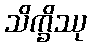
သိက္ခိဿု